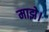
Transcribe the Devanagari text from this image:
माझे।